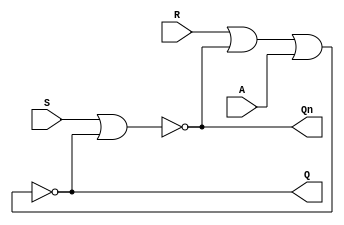
`timescale 1ns / 1ps
//////////////////////////////////////////////////////////////////////////////////
// Company: 
// Engineer: 
// 
// Design Name: 
// Module Name:    rsLatch3input 
// Project Name: 
// Target Devices: 
// Tool versions: 
// Description: 
//
// Dependencies: 
//
// Revision: 
// Revision 0.01 - File Created
// Additional Comments: 
//
//////////////////////////////////////////////////////////////////////////////////
module rsLatch3input(
    input R,
    input S,
	 input A,
    output Q,
    output Qn
    );
	 
	 assign Q = ~(R|Qn|A);
	 assign Qn = ~(S|Q);


endmodule